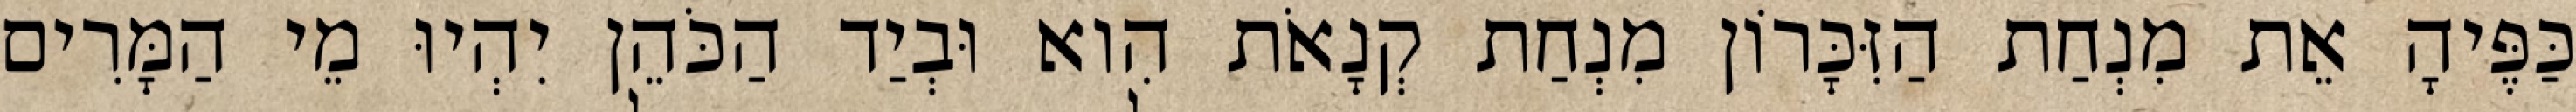
כַּפֶּיהָ אֵת מִנְחַת הַזִּכָּרוֹן מִנְחַת קְנָאֹת הִוא וּבְיַד הַכֹּהֵן יִהְיוּ מֵי הַמָּרִים